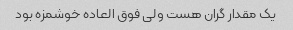
یک مقدار گران هست ولی فوق العاده خوشمزه بود